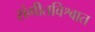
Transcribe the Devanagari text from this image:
संगीतविश्वात